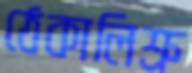
ঠেকালিশ্রু